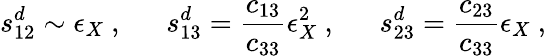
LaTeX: s_{12}^{d}\sim\epsilon_{X}~,~~~~~~s_{13}^{d}=\frac{c_{13}}{c_{33}}\epsilon_{X}^{2}~,~~~~~~s_{23}^{d}=\frac{c_{23}}{c_{33}}\epsilon_{X}~,